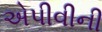
એપીવીની